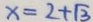
x = 2 + \sqrt { 3 }